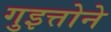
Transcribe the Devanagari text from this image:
गुइत्तोने